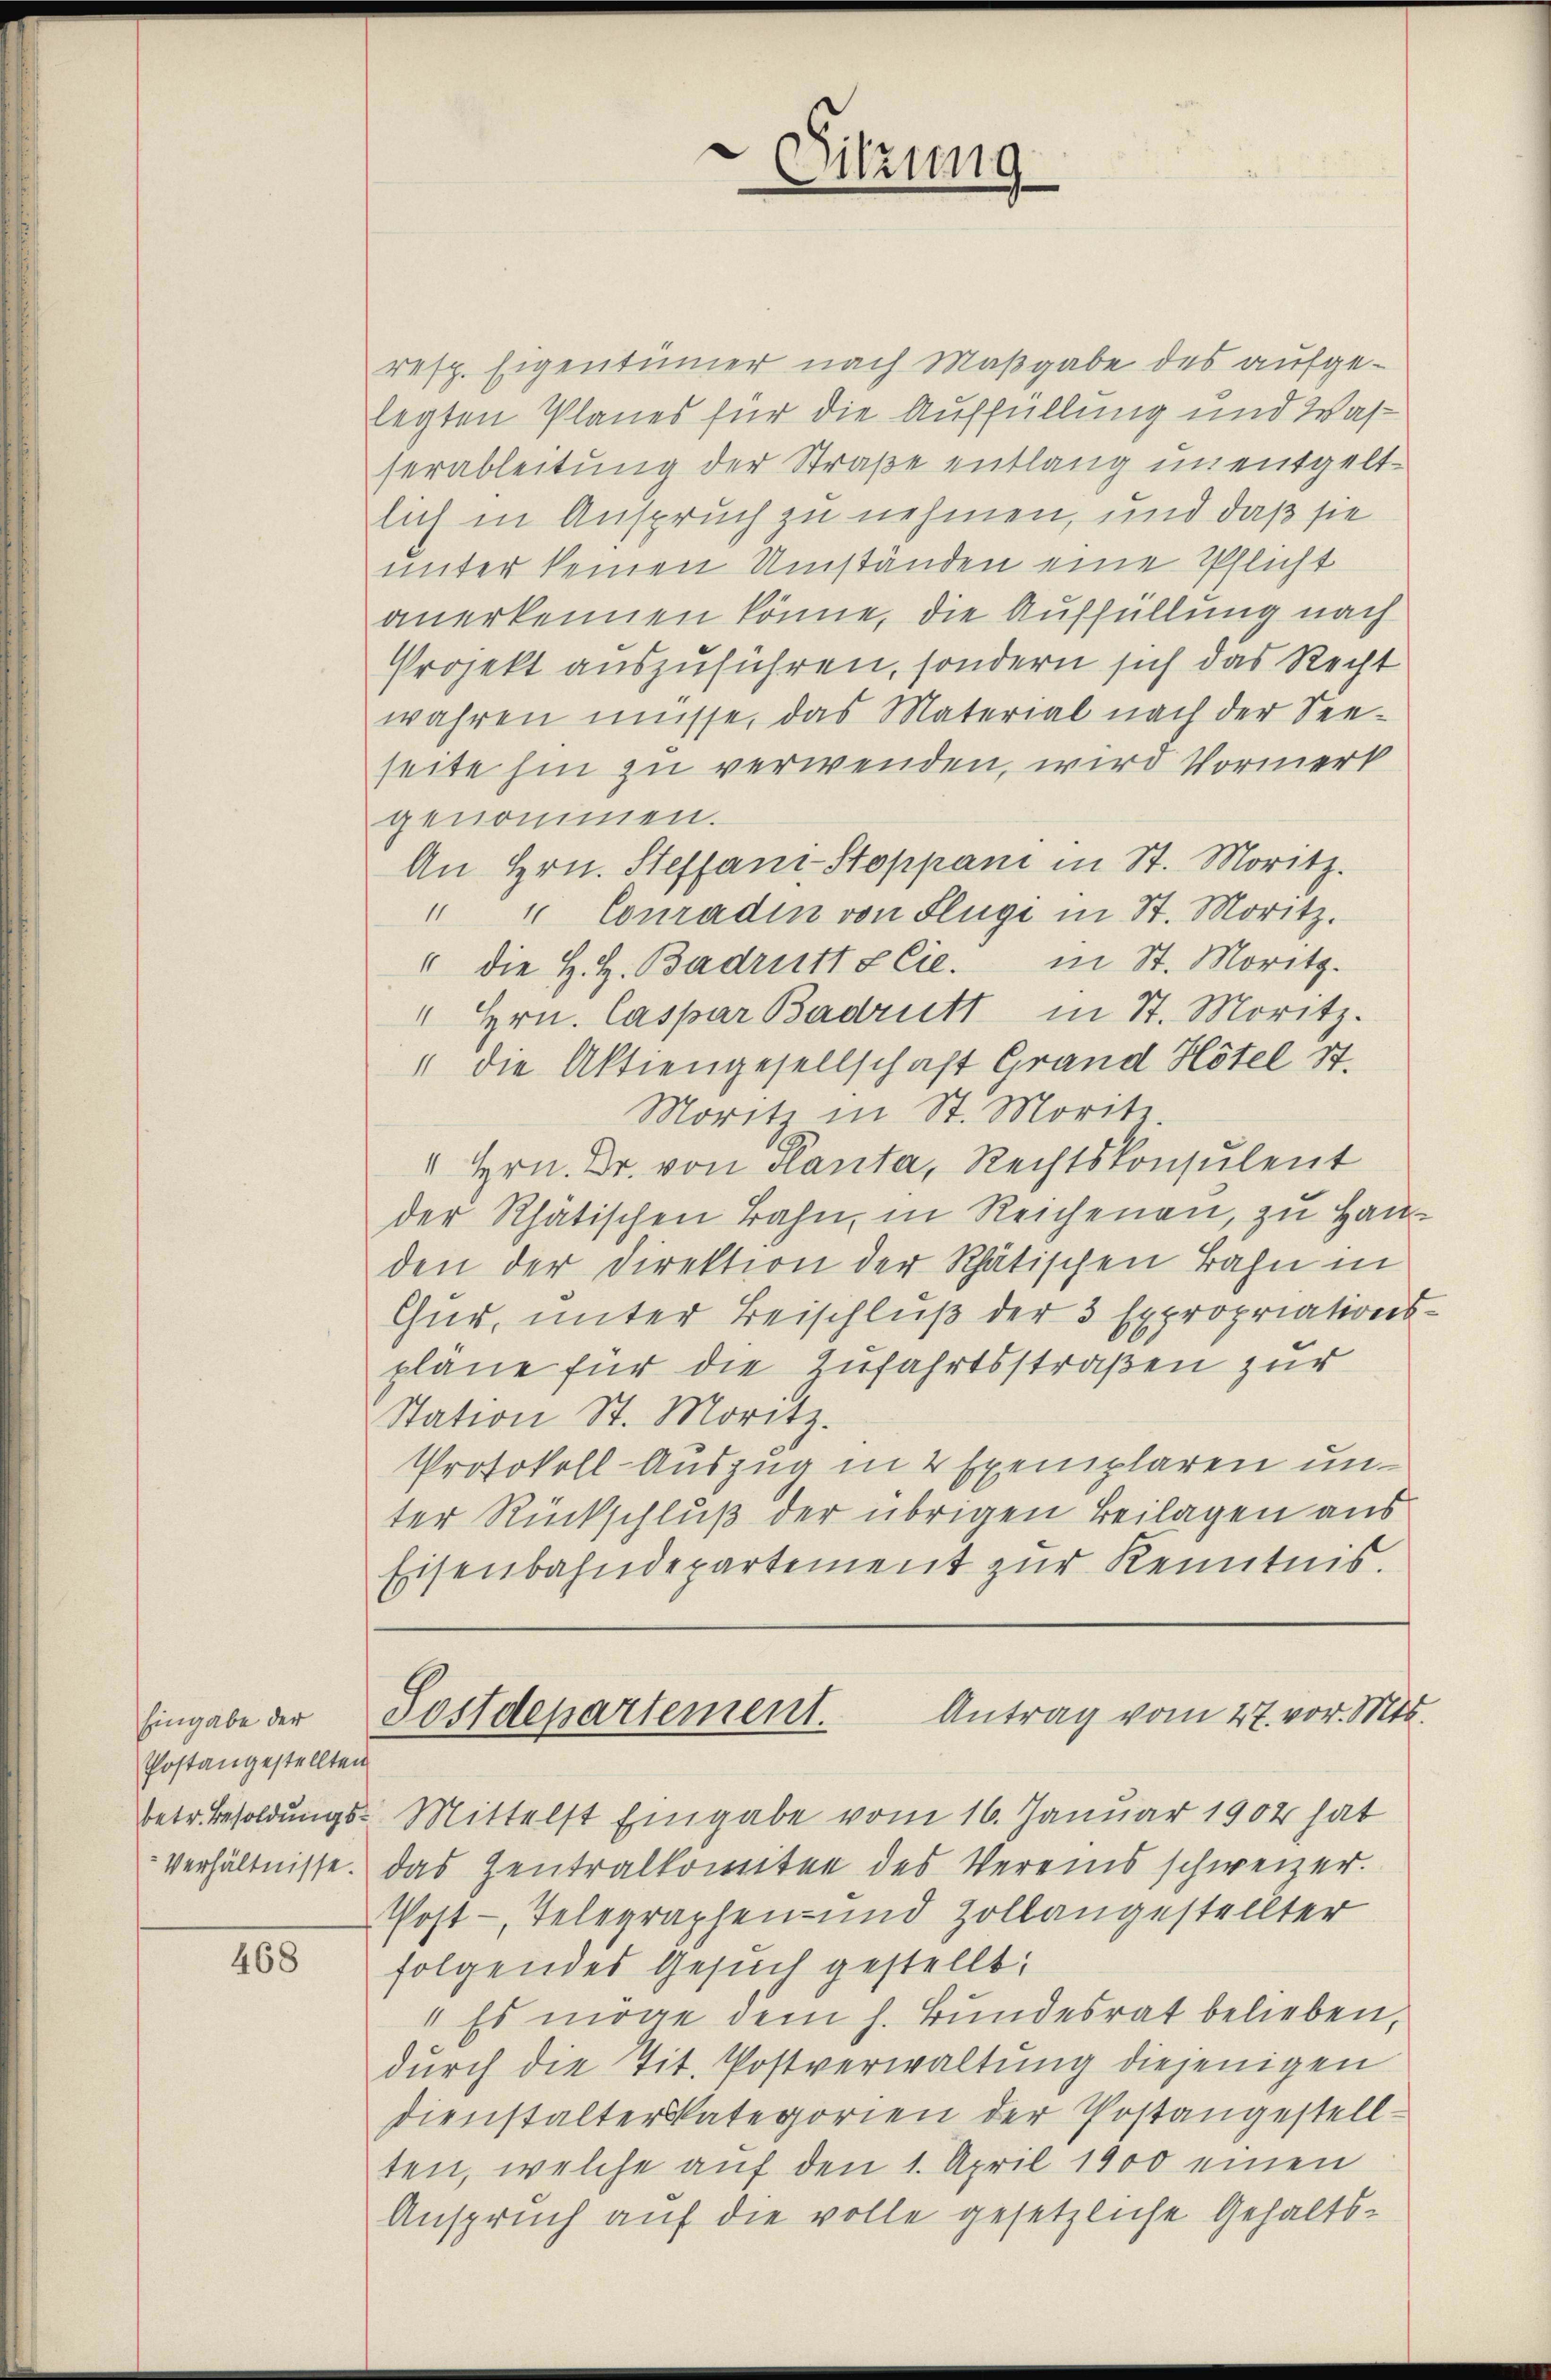
Eingabe der
Postangestellten
Verhältnisse.

468

Sitzung

resp. Eigentümer nach Maßgabe des aufgelegten Planes für die Auffüllung und Wasserableitung der Straße entlang unentgeltlich in Anspruch zu nehmen, und daß sie
unter keinen Umständen eine Pflicht
anerkennen könne, die Auffüllung nach
Projekt auszuführen, sondern sich das Recht
wahren müsse, das Material nach der See-
seite hin zu verwenden, wird Vormerk
genommen.
An Hrn. Steffani-Stoppani in St. Moritz.
" " Conradin von Flüge in St. Moritz.
" die H. H. Badritt & Cie. in St. Moritz.
" Hrn. Caspar Badritt in St. Moritz.
" die Aktiengesellschaft Grand Hotel St.
Morite in St. Morite.
" Hrn. Dr. von Planta, Rechtskonsulent
der Rhätischen Bahn, in Reichenau, zu Hauden der Direktion der Rhätischen Bahn in
Chur, unter Beischluß der 3 Expropriations-
pläne für die Zufahrtsstraßen zur
Station St. Moritz.
Protokoll-Auszug in 2 Exemplaren unter Rückschluß der übrigen Beilagen aus
Eisenbahndepartement zur Kenntnis.
Sestdepartement. Antrag vom 27. vor. Mts.
betr. Besoldungs- Mittelst Eingabe vom 16. Januar 1902 hat
das Zentralkomitee des Vereins schweizer.
Post - Telegraphen- und Zollangestellter
folgendes Gesuch gestellt:
1 Es möge dem h. Bundesrat belieben,
durch die Tit. Postverwaltung diejenigen
dienstalter kategorien der Postangestell-
ten, welche auf den 1. April 1900 einen
Anspruch auf die volle gesetzliche Gehalts-